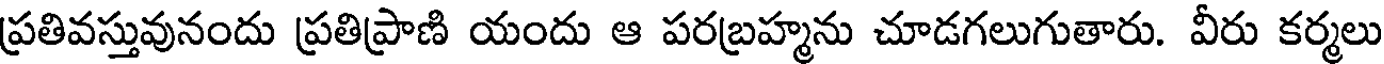
ప్రతివస్తువునందు ప్రతిప్రాణి యందు ఆ పరబ్రహ్మను చూడగలుగుతారు. వీరు కర్మలు